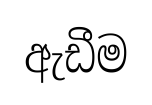
ඇඩීම